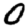
Digit: 0